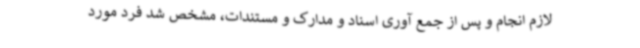
لازم انجام و پس از جمع آوری اسناد و مدارک و مستندات، مشخص شد فرد مورد